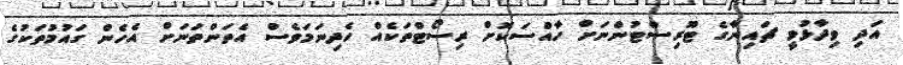
އަދި ވިދާޅުވީ ޗައިނާގެ ޓޫރިސްޓުންނަށް ހާއްސަކޮށް ރިސޯޓްތަކެއް ހެދިނަމަވެސް އެތަންތަނަށް އެހެން ގައުމުތަކުގެ